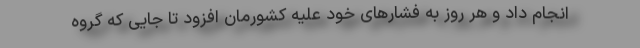
انجام داد و هر روز به فشارهای خود علیه کشورمان افزود تا جایی که گروه